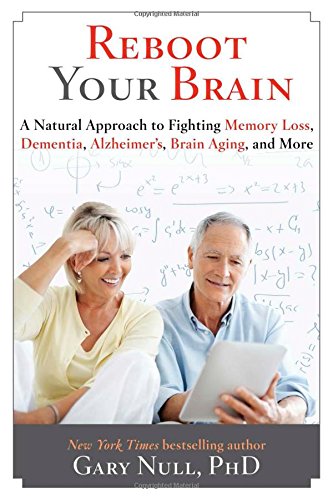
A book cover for Reboot Your Brain: A Natural Approach to Fight Memory Loss, Dementia,; Gary Null Ph.D; Health, Fitness & Dieting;